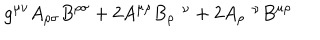
g ^ { \mu \nu } A _ { \rho \sigma } B ^ { \rho \sigma } + 2 A ^ { \mu \rho } B _ { \rho } ^ { \nu } + 2 A _ { \rho } ^ { \nu } B ^ { \mu \rho }